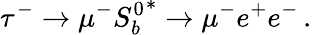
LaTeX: \tau^{-}\to\mu^{-}{S_{b}^{0}}^{\ast}\to\mu^{-}e^{+}e^{-}\, .